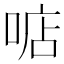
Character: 𠶧